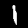
Label: 1